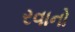
રવાનો